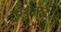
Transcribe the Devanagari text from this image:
स्थळही